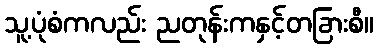
သူ့ပုံစံကလည်း ညတုန်းကနှင့်တခြားစီ။